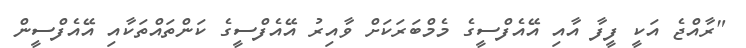
"ރާއްޖެ އަކީ ފީފާ އާއި އޭއެފްސީގެ މެމްބަރަކަށް ވާއިރު އޭއެފްސީގެ ކަންތައްތަކާއި އޭއެފްސީން